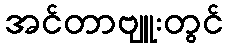
အင်တာဗျူးတွင်